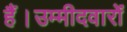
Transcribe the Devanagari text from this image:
हैं।उम्मीदवारों